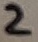
Text: 2